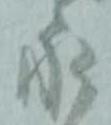
永